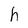
Character: h